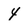
Character: 4